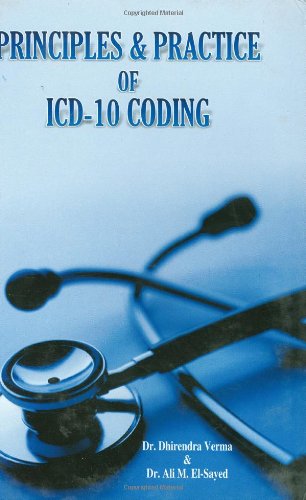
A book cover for Principles & Practice Of ICD-10 Coding; Dhirendra Verma & Ali Mohamed El-Sayed; Medical Books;